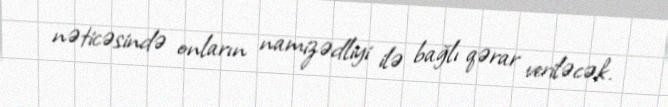
nəticəsində onların namizədliyi ilə bağlı qərar veriləcək.